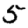
Digit: 5